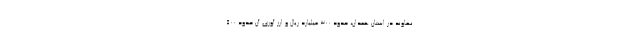
نهاوند در استان همدان، حدود ۳۰۰ میلیارد ریال و ارز آوری آن حدود ۵۰۰